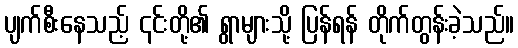
ပျက်စီးနေသည့် ၎င်းတို့၏ ရွာများသို့ ပြန်ရန် တိုက်တွန်းခဲ့သည်။